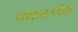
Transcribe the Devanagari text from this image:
आवळकाठीच्या